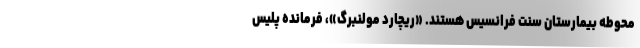
محوطه بیمارستان سنت فرانسیس هستند. «ریچارد مولنبرگ»، فرمانده پلیس